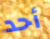
أحد